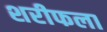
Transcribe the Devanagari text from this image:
शरीफला